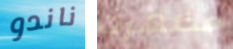
ناندو مظهرك